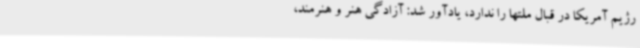
رژیم آمریکا در قبال ملتها را ندارد، یادآور شد: آزادگی هنر و هنرمند،